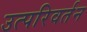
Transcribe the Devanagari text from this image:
उत्परिवर्तन